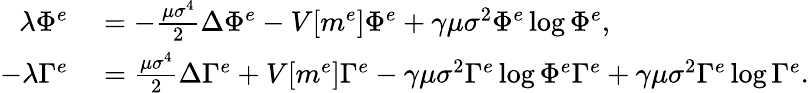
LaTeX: \begin{array}{rl}{\lambda\Phi^{e}}&{{}=-\frac{\mu\sigma^{4}}{2}\Delta\Phi^{e}-V[m^{e}]\Phi^{e}+\gamma\mu\sigma^{2}\Phi^{e}\log{\Phi^{e}},}\\ {-\lambda\Gamma^{e}}&{{}=\frac{\mu\sigma^{4}}{2}\Delta\Gamma^{e}+V[m^{e}]\Gamma^{e}-\gamma\mu\sigma^{2}\Gamma^{e}\log{\Phi^{e}\Gamma^{e}}+\gamma\mu\sigma^{2}\Gamma^{e}\log{\Gamma^{e}}.}\end{array}